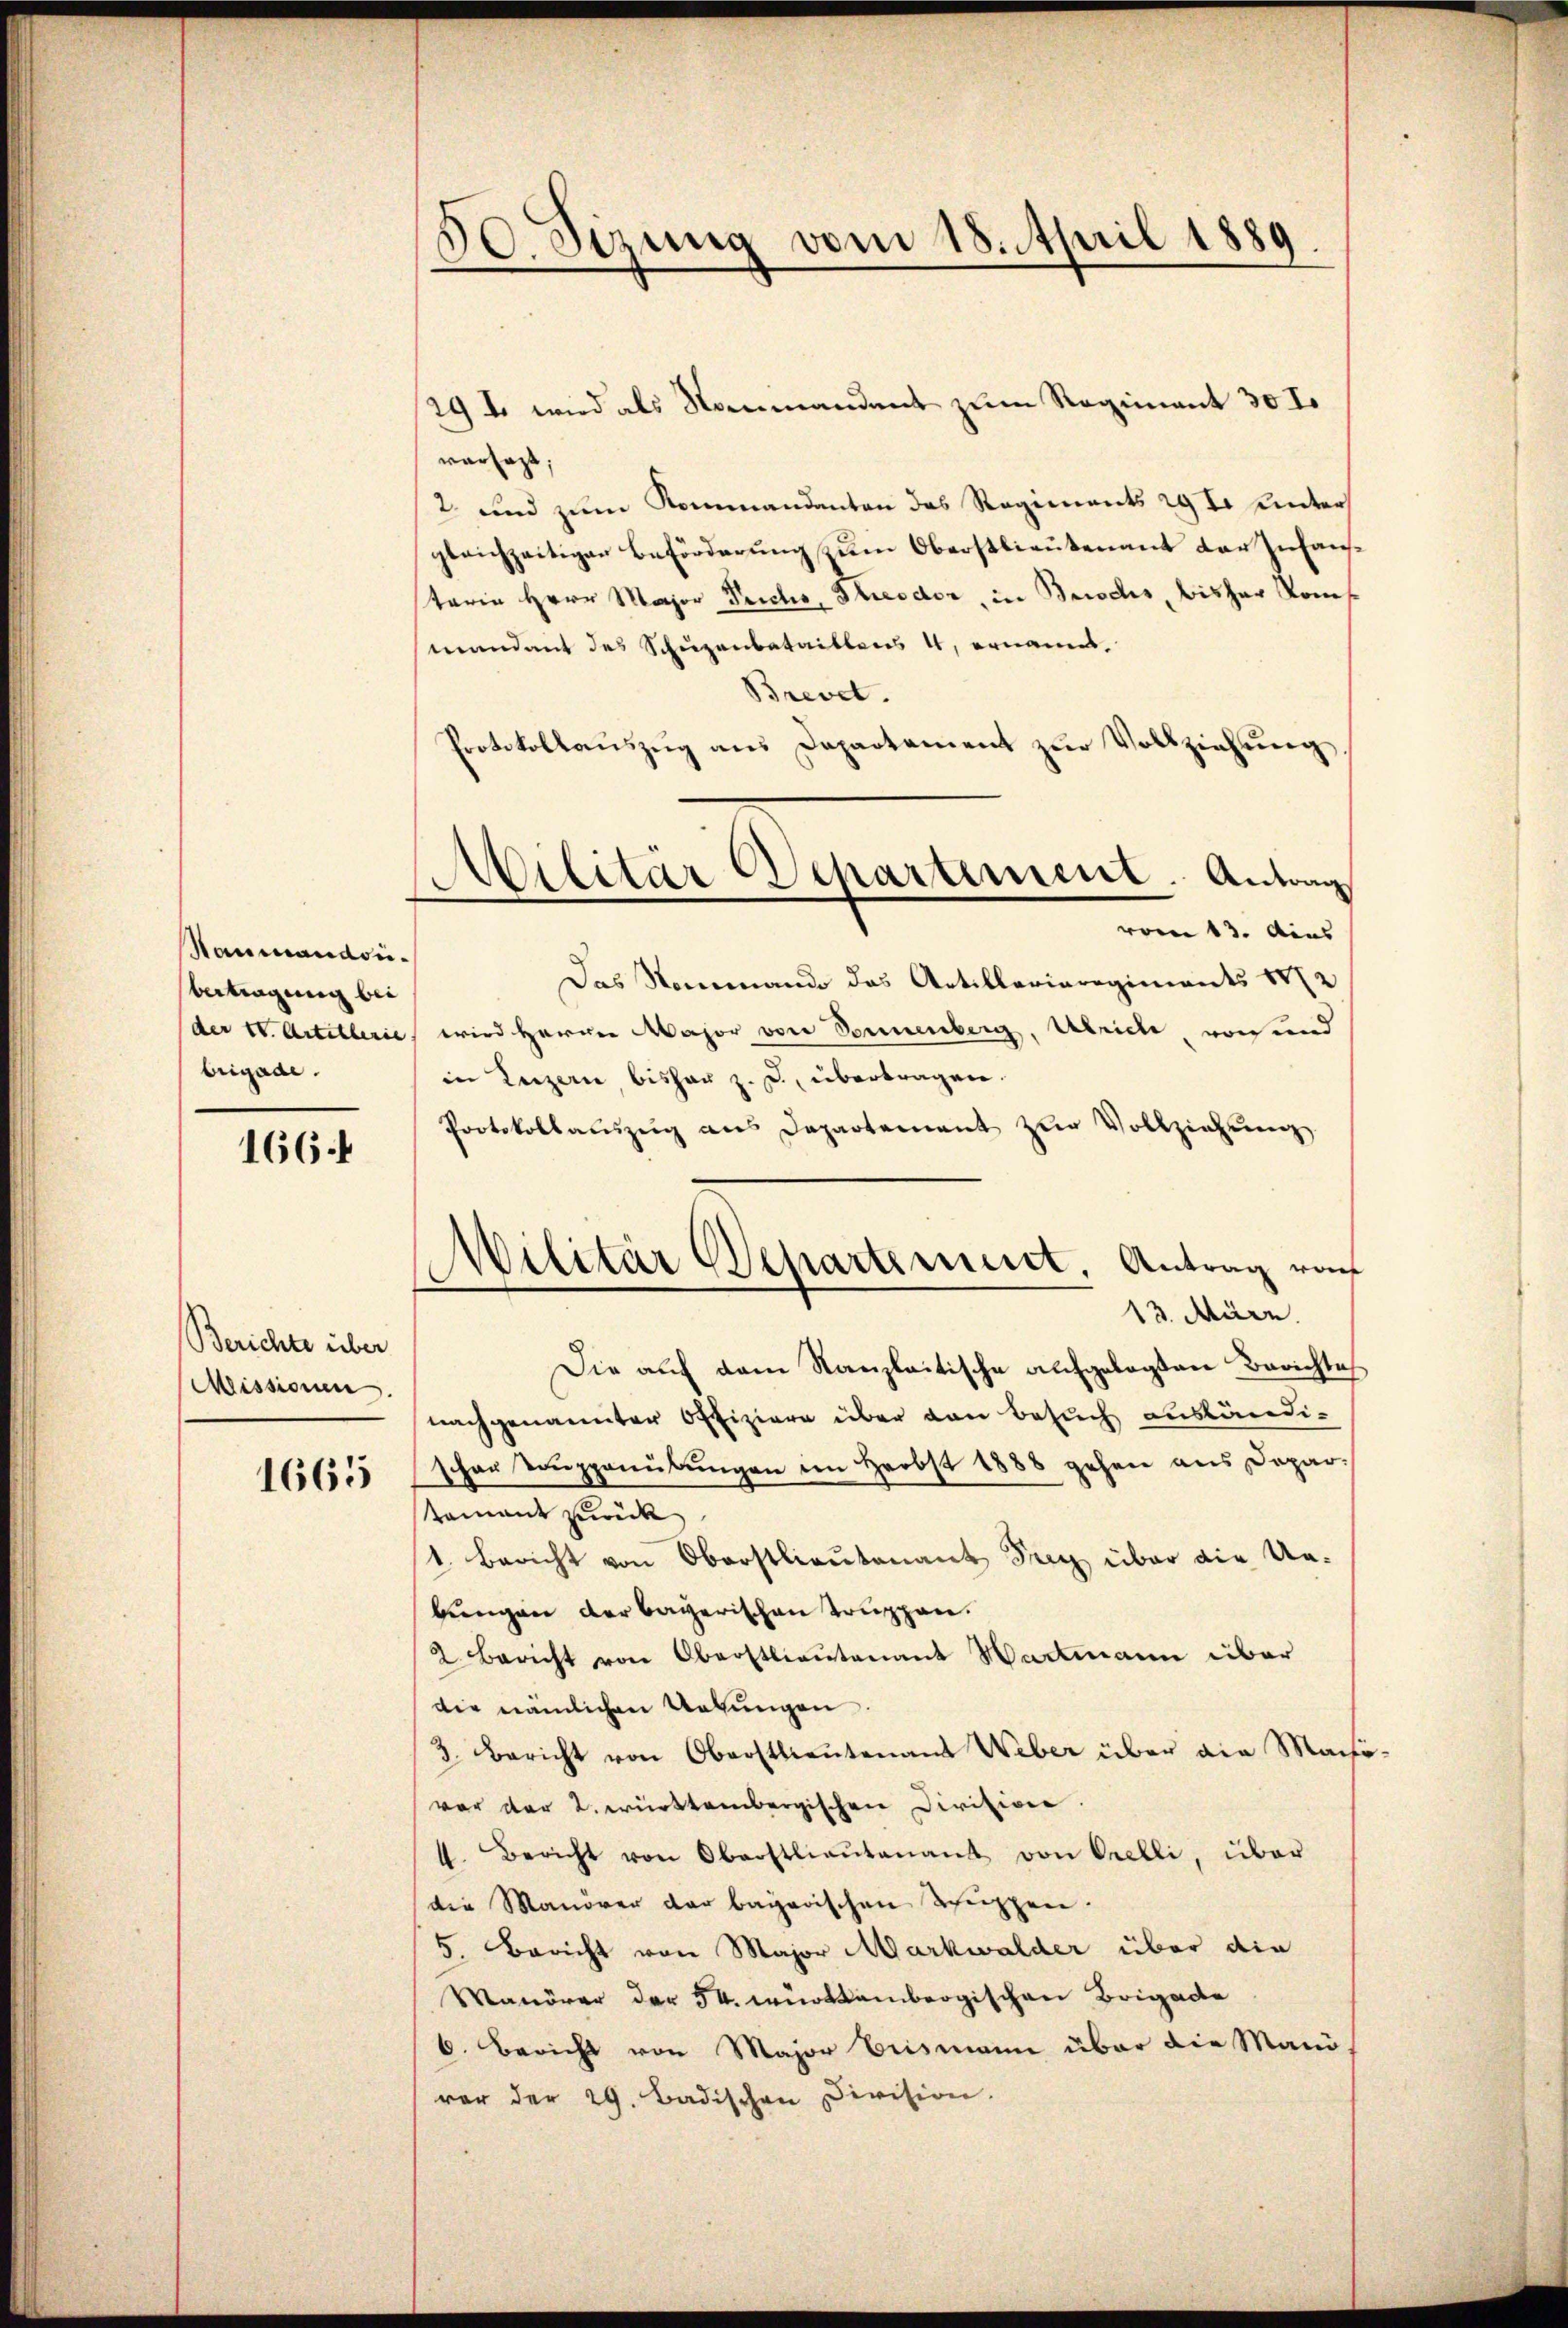
Raumandoubertragung bei
brigade.

1664

Berichte über
Missionen.

1665

50. Sezung vom 18. April 1889

129 f. wird als Nommandent zum Regiment 30 T
versagt,
2 und zum Kommandanten das Regiments 29 I. unters
gleichzeitiger Beförderung zum Oberstlieutenant der Zuhausterin Herr Major Teichs, Theodor, in Beischs, bisher Kom
mandant des Schuzenbataillens 4, ernannt.
Brevet.
Protokollaŭszŭg ans Departement zŭr Vollziehŭng
vom 13. Aus
Das Nommando das Artillerieregiments 1872
(der VV. Artillerie, wird Herrn Major von Donnenberg, Ulriche von und
in Luzern, bishar z. B. übertragen.
Protokollaŭszŭg ans Departement zŭr Vollziehŭng
13. März.
Die auf dem Kanzleitische aufgelegten Berichtes
nach genannter Offiziere über den Besuch ausländischen Couppenübungen im Herbst 1888 gehen aus Deparstament zurück
1. Bericht von Oberstlieutenant Frey über die Un-
bungen der bayerischen Truppen.
2. Bericht von Oberstlieutenant Wartmann über
die nämlichen Uebungen
3. Bericht von Oberstlieutenant Weber über die Mach
vor der 2. württembergischen Division.
4. Bericht von Oberstliaŭtenant von Orelli, über
die Manöver der bayerischen Schuppen.
5. Bericht von Major Markwalder über die
Manöver der 54. württembergischen Brigade
6. Bericht von Major Erismann über die Manörer der 29. Badischen Division.

Militär Departement. Antrag

d
Militär Departement, Antrag von